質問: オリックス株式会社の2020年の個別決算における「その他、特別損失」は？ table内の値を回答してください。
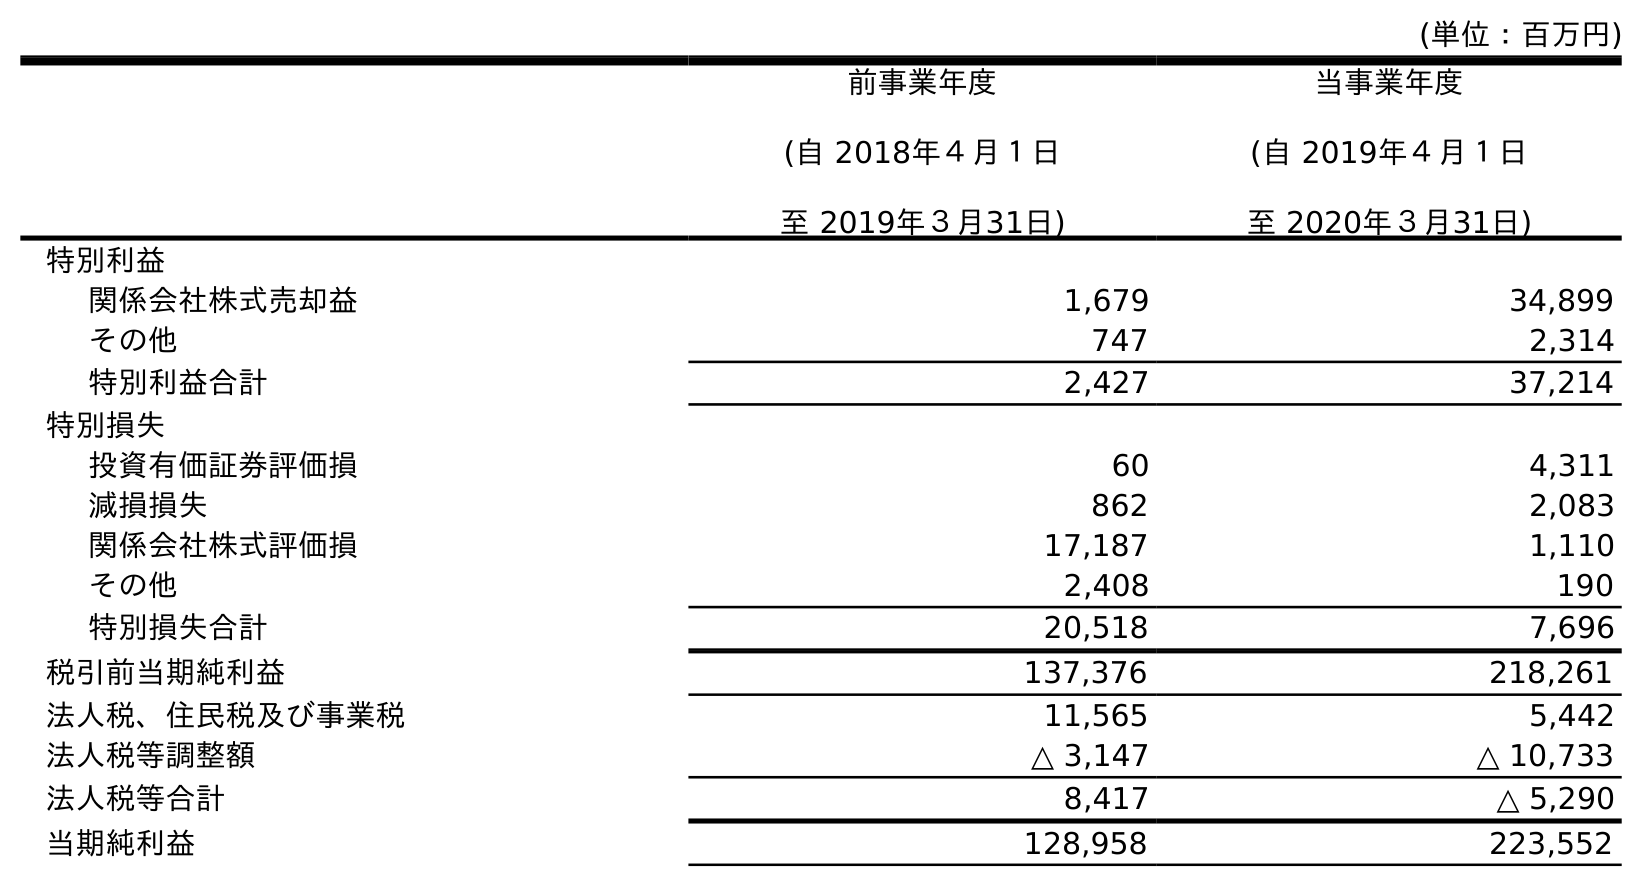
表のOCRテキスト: (単位：百万円) 前事業年度 (自 2018年４月１日 至 2019年３月31日) 当事業年度 (自 2019年４月１日 至 2020年３月31日) 特別利益 関係会社株式売却益 1,679 34,899 その他 747 2,314 特別利益合計 2,427 37,214 特別損失 投資有価証券評価損 60 4,311 減損損失 862 2,083 関係会社株式評価損 17,187 1,110 その他 2,408 190 特別損失合計 20,518 7,696 税引前当期純利益 137,376 218,261 法人税、住民税及び事業税 11,565 5,442 法人税等調整額 △ 3,147 △ 10,733 法人税等合計 8,417 △ 5,290 当期純利益 128,958 223,552
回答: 190